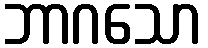
ဘာဂသော